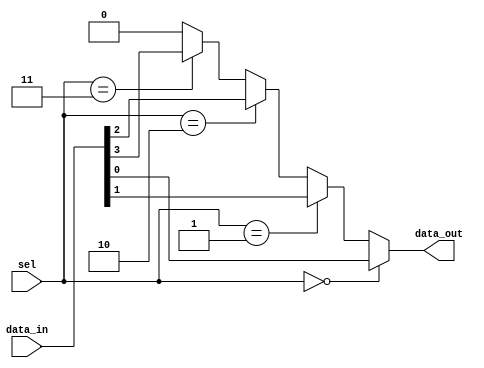
module mux4to1 (
    input wire [3:0] data_in,  // 4-bit input data
    input wire [1:0] sel,       // 2-bit select signal
    output wire data_out        // 1-bit output
);

// Continuous Assignment for the output based on the select signal
assign data_out = (sel == 2'b00) ? data_in[0] :
                  (sel == 2'b01) ? data_in[1] :
                  (sel == 2'b10) ? data_in[2] :
                  (sel == 2'b11) ? data_in[3] : 1'b0; // Default case

endmodule